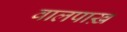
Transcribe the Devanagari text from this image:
वालपाख़